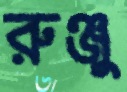
রুঞ্জু